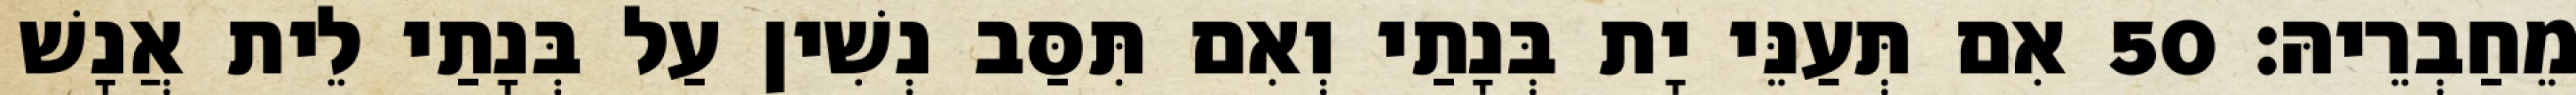
מֵחַבְרֵיהּ׃ 50 אִם תְּעַנֵּי יָת בְּנָתַי וְאִם תִּסַּב נְשִׁין עַל בְּנָתַי לֵית אֲנָשׁ